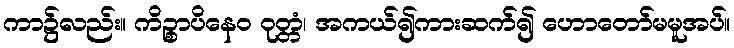
ကာ၌လည်း။ ကိဉ္စာပိနေဝ ဝုတ္တံ၊ အကယ်၍ကားဆက်၍ ဟောတော်မမူအပ်။